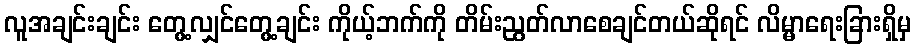
လူအချင်းချင်း တွေ့လျှင်တွေ့ချင်း ကိုယ့်ဘက်ကို တိမ်းညွတ်လာစေချင်တယ်ဆိုရင် လိမ္မာရေးခြားရှိမှ